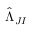
\hat { \Lambda } _ { J I }